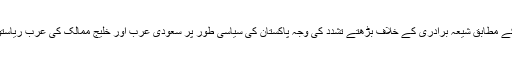
آواز پروگرام کی رپورٹ کے مطابق شیعہ برادری کے خلاف بڑھتے تشدد کی وجہ پاکستان کی سیاسی طور پر سعودی عرب اور خلیج ممالک کی عرب ریاستوں سے قربت کا نتیجہ ہے۔